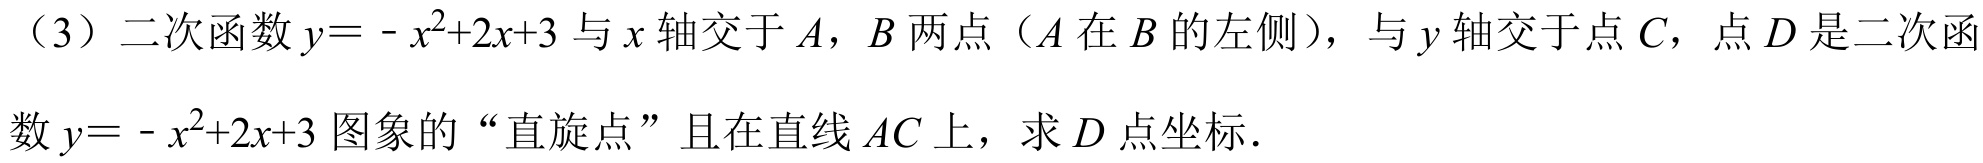
（3）二次函数\(y=-x^{2}+2x + 3\)与\(x\)轴交于\(A\)，\(B\)两点（\(A\)在\(B\)的左侧），与\(y\)轴交于点\(C\)，点\(D\)是二次函
数\(y=-x^{2}+2x + 3\)图象的“直旋点”且在直线\(AC\)上，求\(D\)点坐标.